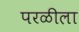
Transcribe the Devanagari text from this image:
परळीला